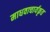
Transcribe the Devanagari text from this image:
माधवाचार्यकृत